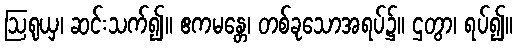
ဩရုယှ၊ ဆင်းသက်၍။ ဧကမန္တေ၊ တစ်ခုသောအရပ်၌။ ဌတွာ၊ ရပ်၍။